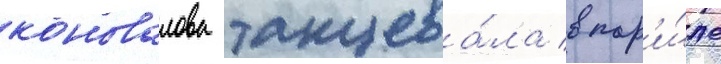
коновалова танцева́ла в пар'и́же